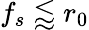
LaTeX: f_{s}\lessapprox r_{0}